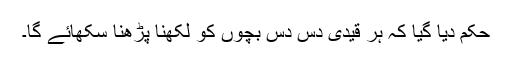
حکم دیا گیا کہ ہر قیدی دس دس بچوں کو لکھنا پڑھنا سکھائے گا۔